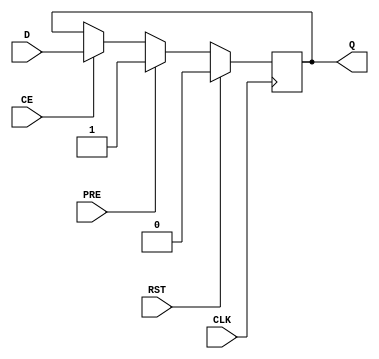
module d_flip_flop (
    input wire D,
    input wire CLK,
    input wire RST,
    input wire PRE,
    input wire CE,
    output reg Q
);

always @(posedge CLK) begin
    if (RST) begin
        Q <= 0;
    end else if (PRE) begin
        Q <= 1;
    end else if (CE) begin
        Q <= D;
    end
end

endmodule